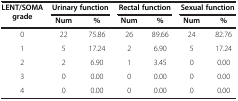
| <ROWSPAN=2> LENT/SOMA grade | <COLSPAN=2> Urinary function | <COLSPAN=2> Rectal function | <COLSPAN=2> Sexual function |
 | Num | % | Num | % | Num | % |
 | --- | --- | --- | --- | --- | --- | --- |
 | 0 | 22 | 75.86 | 26 | 89.66 | 24 | 82.76 |
 | 1 | 5 | 17.24 | 2 | 6.90 | 5 | 17.24 |
 | 2 | 2 | 6.90 | 1 | 3.45 | 0 | 0.00 |
 | 3 | 0 | 0.00 | 0 | 0.00 | 0 | 0.00 |
 | 4 | 0 | 0.00 | 0 | 0.00 | 0 | 0.00 |